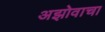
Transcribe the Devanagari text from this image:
अझोवाचा